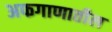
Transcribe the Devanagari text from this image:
अफगाणातील